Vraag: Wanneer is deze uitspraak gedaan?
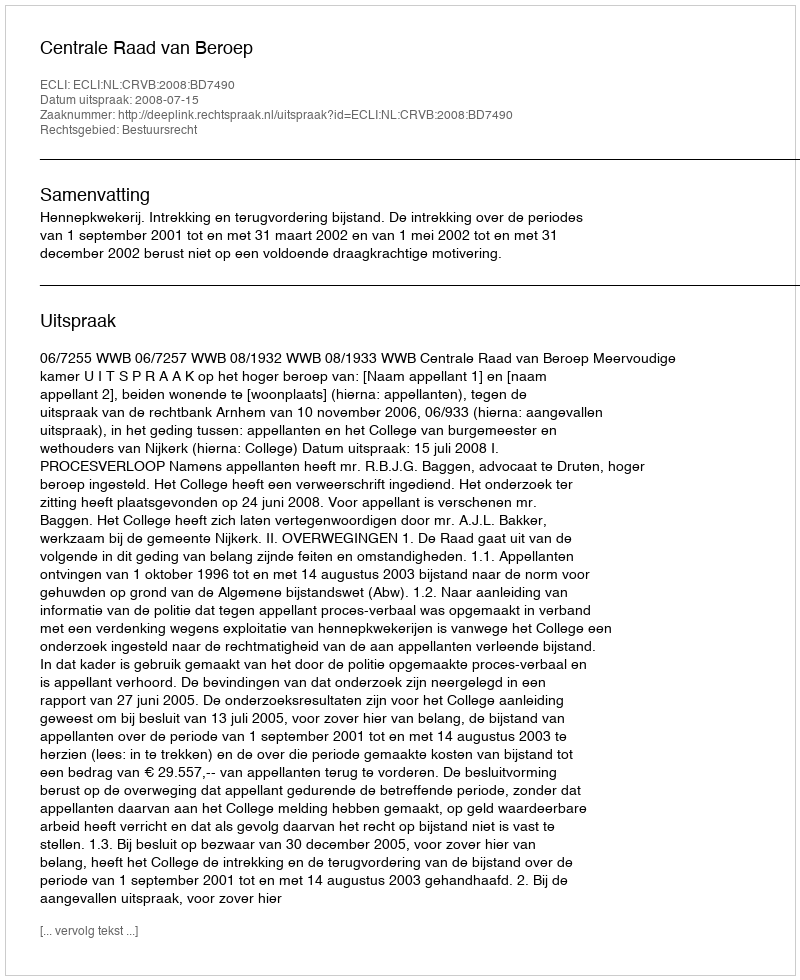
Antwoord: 2008-07-15